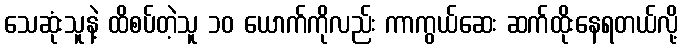
သေဆုံးသူနဲ့ ထိစပ်တဲ့သူ ၁၀ ယောက်ကိုလည်း ကာကွယ်ဆေး ဆက်ထိုးနေရတယ်လို့